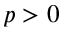
p > 0